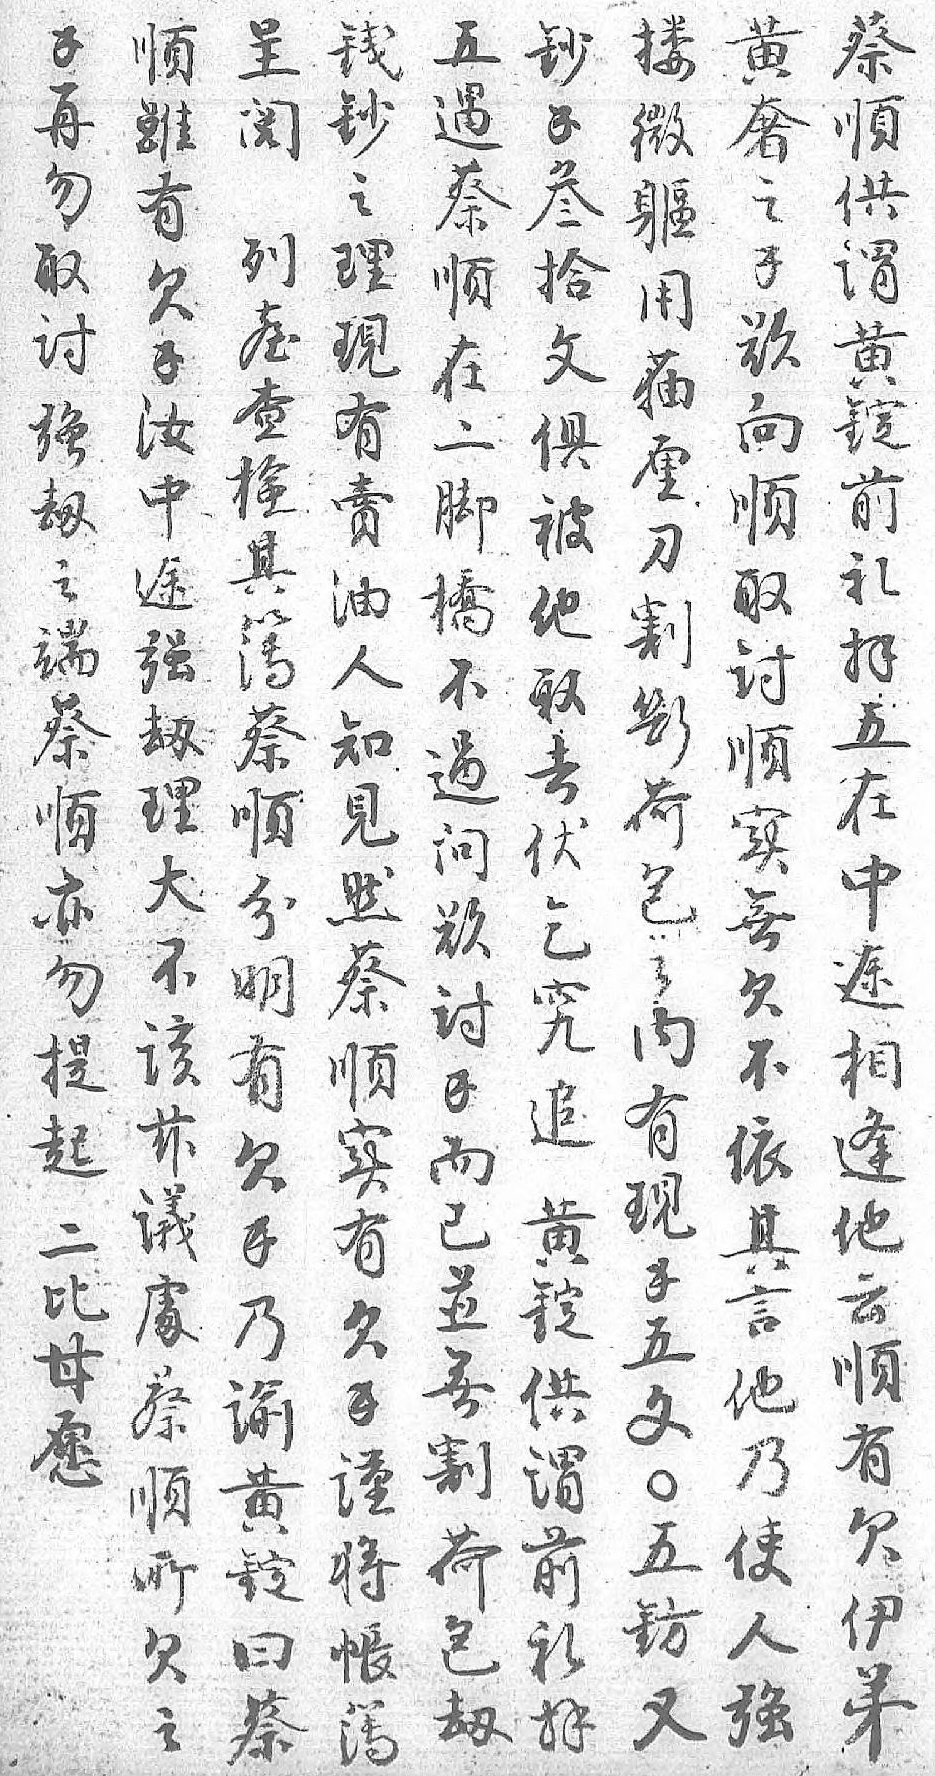
五蔡錢順鈔搂黄呈錢遇順鈔雖錢微奢阅再蔡供之有叁軀之列勿順谓理欠拾用錢𦤼取在黄現錢文菗欲查討二錠有汝俱厘向検强脚前賣中被刀順其刼橋礼油途他割取簿之不拝人强取斷讨蔡端過五知刼去荷順順蔡问在見理伏包实分順欲中然大乞々無明亦討途蔡不究内欠有勿錢相順该追有不欠提而逢实兹黄現依錢起已他有議錠錢其乃二並云欠䖏供五言谕比無順錢蔡谓文他黄甘割有谨順前〇乃錠愿荷欠将所礼五使曰 包伊帳欠拝鈁人蔡 刼弟簿之 又强